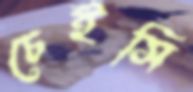
চেইসি